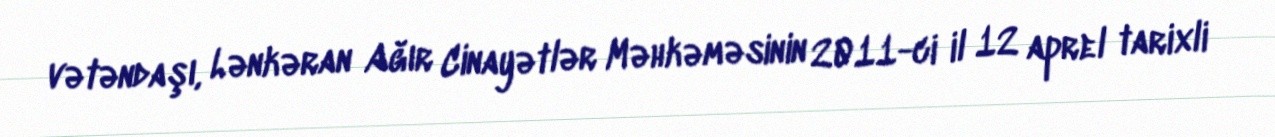
vətəndaşı, Lənkəran Ağır Cinayətlər Məhkəməsinin 2011-ci il 12 aprel tarixli